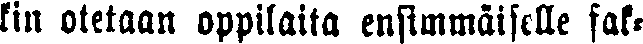
kin otetaan oppilaita ensimmäiselle sak-